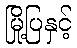
မြို့ပြနှင့်